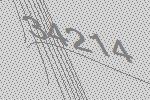
34214